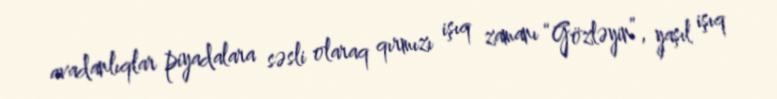
avadanlıqlar piyadalara səsli olaraq qırmızı işıq zamanı “Gözləyin”, yaşıl işıq